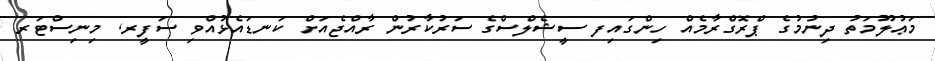
މަޢުލޫމަތު ދިނުމުގެ ޕްރޮގްރާމެއް ހިންގައިފ ސީޝެލްސްގެ ސަރުކާރުން ރާއްޖެއަށް ކަނޑައެޅުއްވި ސަފީރ